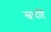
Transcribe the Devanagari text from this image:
स्वादष्टि